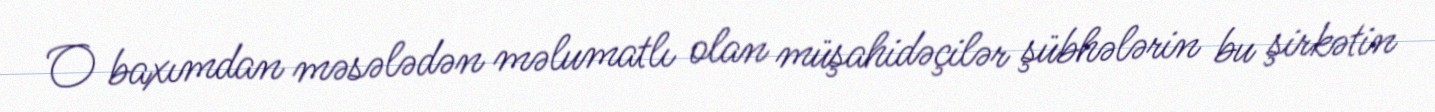
O baxımdan məsələdən məlumatlı olan müşahidəçilər şübhələrin bu şirkətin